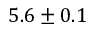
5 . 6 \pm 0 . 1